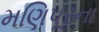
મણિપૂરના